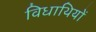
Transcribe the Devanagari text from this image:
विधाथियों